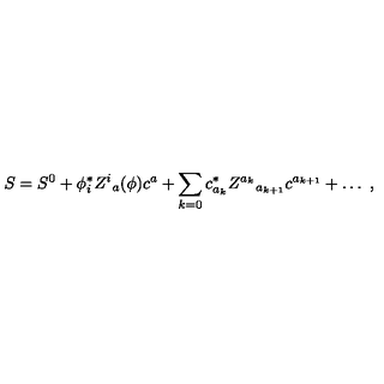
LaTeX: S = S ^ { 0 } + \phi _ { i } ^ { * } Z ^ { i } { } _ { a } ( \phi ) c ^ { a } + \sum _ { k = 0 } c _ { a _ { k } } ^ { * } Z ^ { a _ { k } } { } _ { a _ { k + 1 } } c ^ { a _ { k + 1 } } + \ldots \ ,